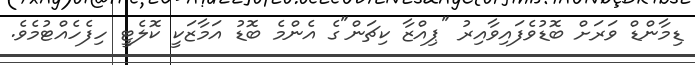
ޑިމާންޑް ވަރަށް ބޮޑުވެފައިވާއިރު "ޕިއްޒާ ކިޗަން"ގެ އެންމެ ބޮޑު އަމާޒަކީ ކޮލެޓީ ހިފެހެއްޓުމެވެ.